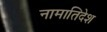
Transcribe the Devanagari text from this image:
नामातिदेश